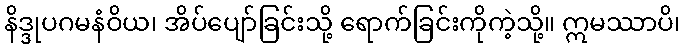
နိဒ္ဒုပဂမနံဝိယ၊ အိပ်ပျော်ခြင်းသို့ ရောက်ခြင်းကိုကဲ့သို့။ ဣမဿာပိ၊